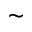
\sim